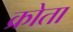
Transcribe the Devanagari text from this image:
क्रोता